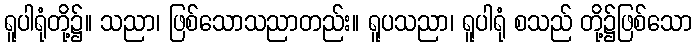
ရူပါရုံတို့၌။ သညာ၊ ဖြစ်သောသညာတည်း။ ရူပသညာ၊ ရူပါရုံ စသည် တို့၌ဖြစ်သော